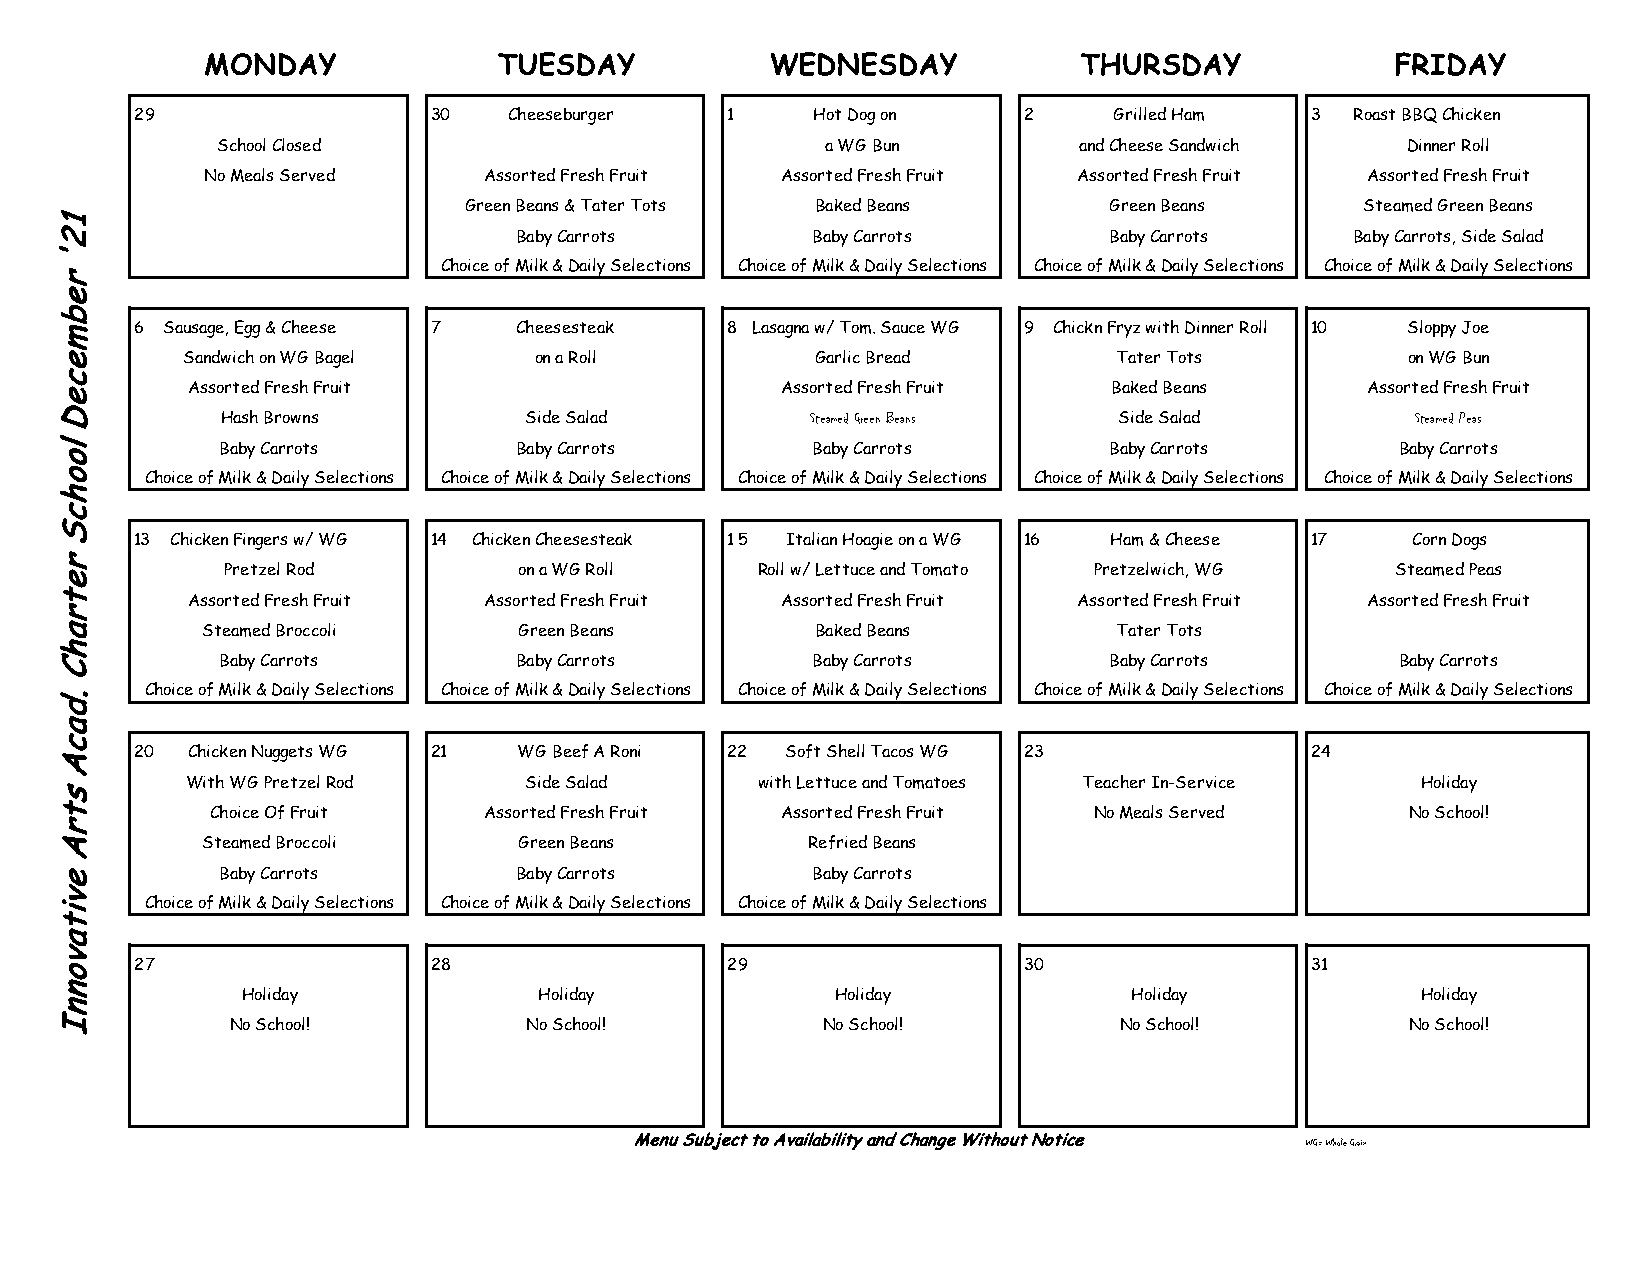
MONDAY             TUESDAY           WEDNESDAY           THURSDAY             FRIDAY
 29                  30   Cheeseburger  1     Hot Dog on    2     Grilled Ham  3  Roast BBQ Chicken
 School Closed                            a WG Bun        and Cheese Sandwich   Dinner Roll
 No Meals Served   Assorted Fresh Fruit Assorted Fresh Fruit Assorted Fresh Fruit Assorted Fresh Fruit
 Green Beans & Tater Tots Baked Beans      Green Beans      Steamed Green Beans
 Baby Carrots        Baby Carrots       Baby Carrots     Baby Carrots, Side Salad
 Choice of Milk & Daily Selections Choice of Milk & Daily Selections Choice of Milk & Daily Selections Choice of Milk & Daily Selections
 6 Sausage, Egg & Cheese 7 Cheesesteak  8 Lasagna w/ Tom. Sauce WG 9 Chickn Fryz with Dinner Roll 10 Sloppy Joe
 Sandwich on WG Bagel   on a Roll          Garlic Bread        Tater Tots         on WG Bun
 Assorted Fresh Fruit                    Assorted Fresh Fruit  Baked Beans     Assorted Fresh Fruit
 Hash Browns         Side Salad         Steamed Green Beans Side Salad          Steamed Peas
 Baby Carrots       Baby Carrots        Baby Carrots       Baby Carrots        Baby Carrots
 Choice of Milk & Daily Selections Choice of Milk & Daily Selections Choice of Milk & Daily Selections Choice of Milk & Daily Selections Choice of Milk & Daily Selections
 13 Chicken Fingers w/ WG 14 Chicken Cheesesteak 1 5 Italian Hoagie on a WG 16 Ham & Cheese 17 Corn Dogs
 Pretzel Rod        on a WG Roll    Roll w/ Lettuce and Tomato Pretzelwich, WG Steamed Peas
 Assorted Fresh Fruit Assorted Fresh Fruit Assorted Fresh Fruit Assorted Fresh Fruit Assorted Fresh Fruit
 Steamed Broccoli     Green Beans         Baked Beans         Tater Tots
 Baby Carrots       Baby Carrots        Baby Carrots       Baby Carrots        Baby Carrots
 Choice of Milk & Daily Selections Choice of Milk & Daily Selections Choice of Milk & Daily Selections Choice of Milk & Daily Selections Choice of Milk & Daily Selections
 20 Chicken Nuggets WG 21 WG Beef A Roni 22 Soft Shell Tacos WG 23             24
 With WG Pretzel Rod    Side Salad     with Lettuce and Tomatoes Teacher In-Service Holiday
 Choice Of Fruit   Assorted Fresh Fruit Assorted Fresh Fruit No Meals Served    No School!
 Steamed Broccoli     Green Beans        Refried Beans
 Baby Carrots       Baby Carrots        Baby Carrots
 Choice of Milk & Daily Selections Choice of Milk & Daily Selections Choice of Milk & Daily Selections
 27                  28                 29                  30                 31
 Holiday             Holiday            Holiday             Holiday            Holiday
 No School!          No School!         No School!          No School!         No School!
 Menu Subject to Availability and Change Without Notice WG= Whole Grain
 12'
 rebmeceD
 loohcS
 retrahC
 .dacA
 strA
 evitavonnI